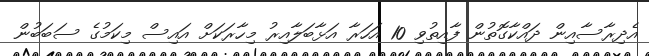
އެދިރާސާއިން ދައްކާގޮތުން ފާއިތުވި 10 އަހަރާ އަޅާބަލާއިރު މިހާރަކަށް އައިސް މިކަމުގެ ސަބަބުން